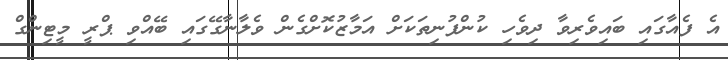
އެ ފެއާގައި ބައިވެރިވާ ދިވެހި ކުންފުނިތަކަށް އަމާޒުކޮށްގެން ވެލާނާގޭގައި ބޭއްވި ޕްރީ މީޓިންގް